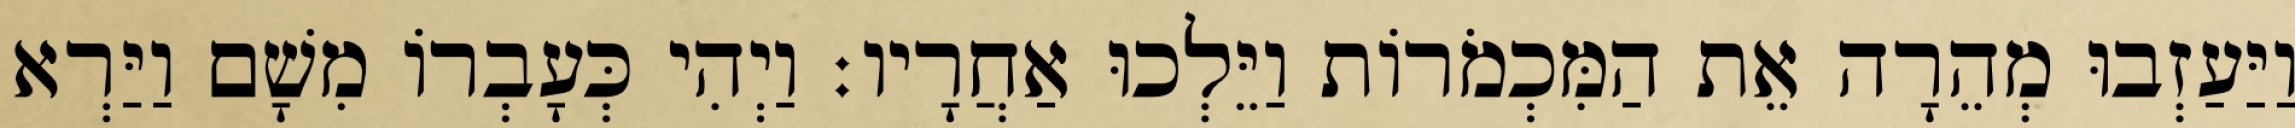
וַיַּעַזְבוּ מְהֵרָה אֵת הַמִּכְמֹרוֹת וַיֵּלְכוּ אַחֲרָיו׃ וַיְהִי כְּעָבְרוֹ מִשָׁם וַיַּרְא